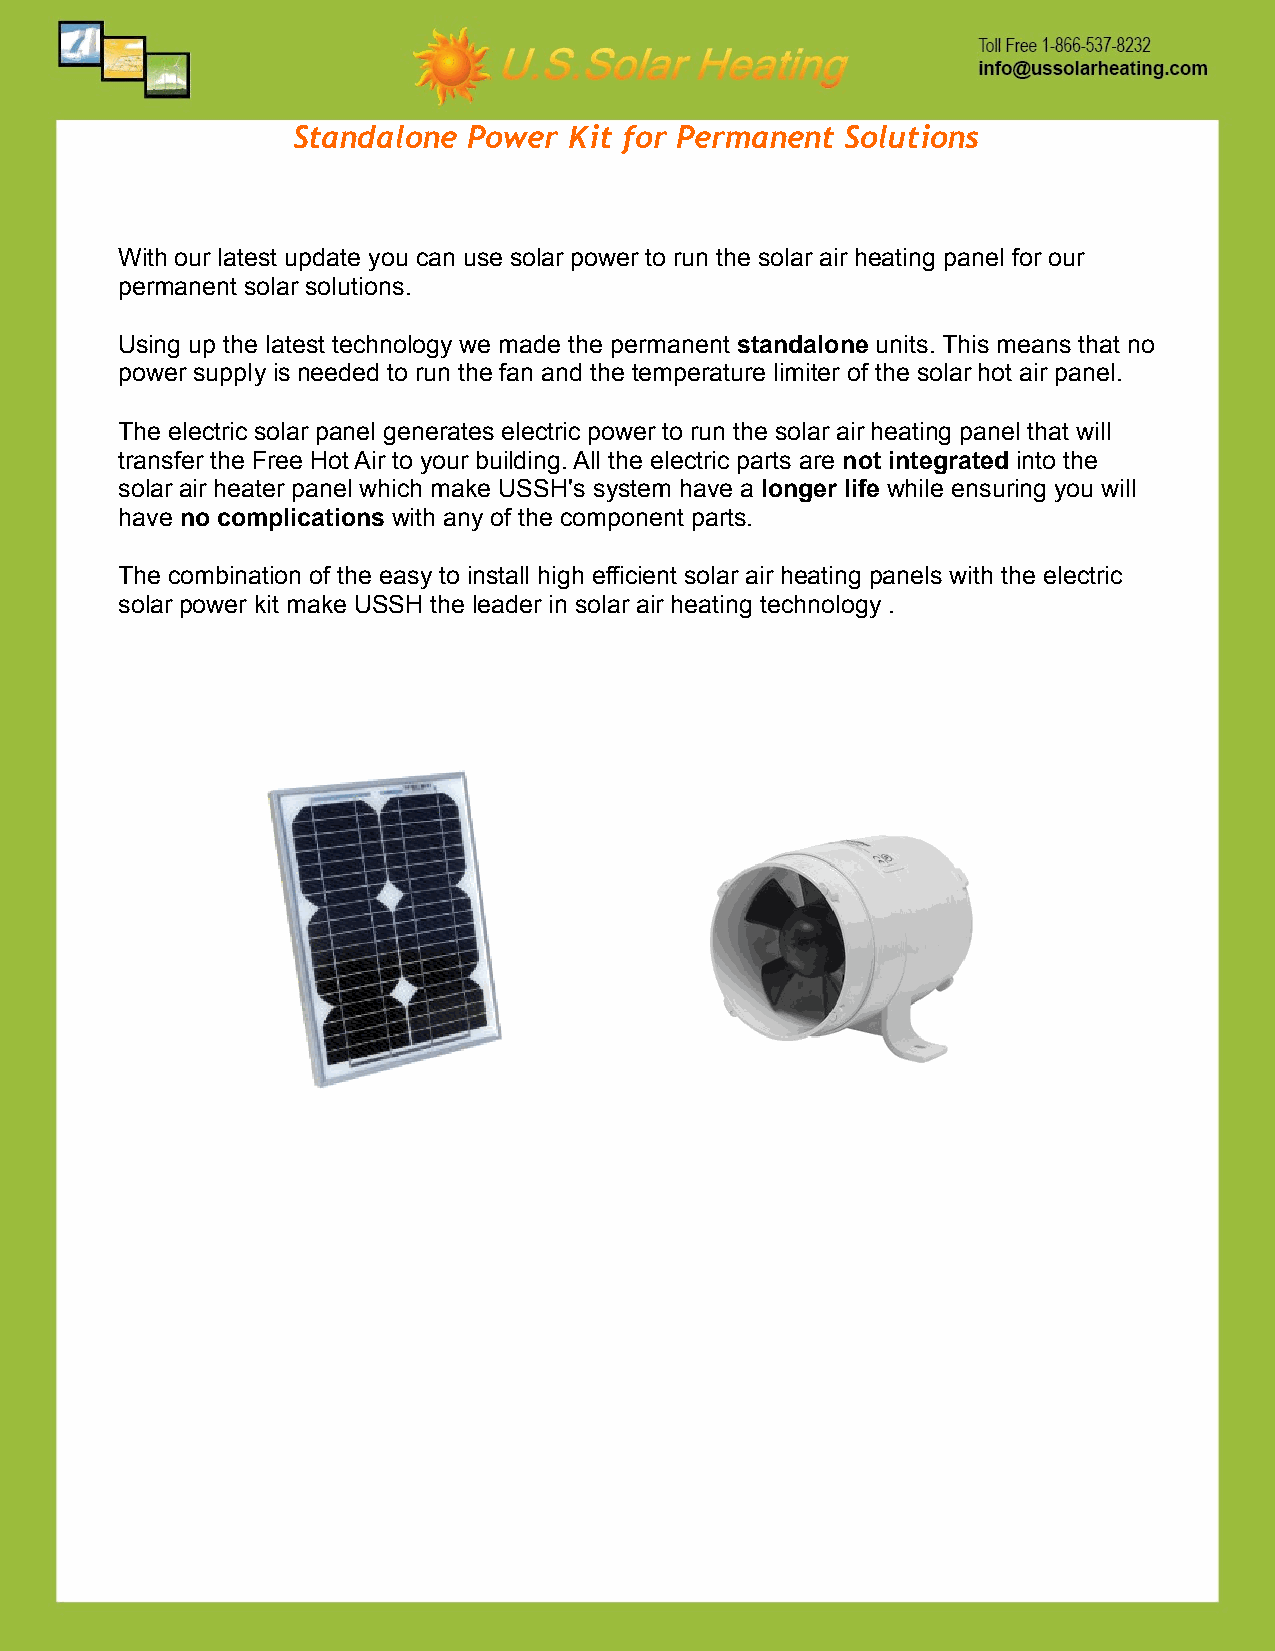
Standalone  Power  Kit for Permanent Solutions
 With our latest update you can use solar power to run the solar air heating panel for our
 permanent solar solutions.
 Using up the latest technology we made the permanent standalone units. This means that no
 power supply is needed to run the fan and the temperature limiter of the solar hot air panel.
 The electric solar panel generates electric power to run the solar air heating panel that will
 transfer the Free Hot Air to your building. All the electric parts are not integrated into the
 solar air heater panel which make USSH's system have a longer life while ensuring you will
 have no complications with any of the component parts.
 The combination of the easy to install high efficient solar air heating panels with the electric
 solar power kit make USSH the leader in solar air heating technology .